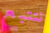
نتتبع